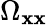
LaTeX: \Omega_{\mathbf{x}\mathbf{x}}